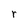
Character: r